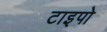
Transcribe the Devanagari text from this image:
टाइपो